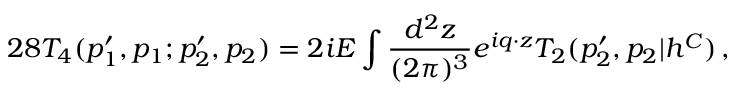
2 8 { \cal T } _ { 4 } ( p _ { 1 } ^ { \prime } , p _ { 1 } ; p _ { 2 } ^ { \prime } , p _ { 2 } ) = 2 i E \int \frac { d ^ { 2 } z } { ( 2 \pi ) ^ { 3 } } e ^ { i q \cdot z } { \cal T } _ { 2 } ( p _ { 2 } ^ { \prime } , p _ { 2 } | h ^ { C } ) \, ,